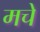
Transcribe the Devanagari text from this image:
मचे